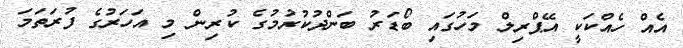
އެއް ހެއްކަކީ އޭޕްރިލް މަހުގައި ބޯޑަރު ބަންދުކުރުމުގެ ކުރިން މި އަހަރުގެ ފުރަތަމަ